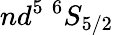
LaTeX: nd^{5}~{}^{6}S_{5/2}